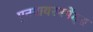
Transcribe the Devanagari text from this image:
एनवायरनमेंट्स